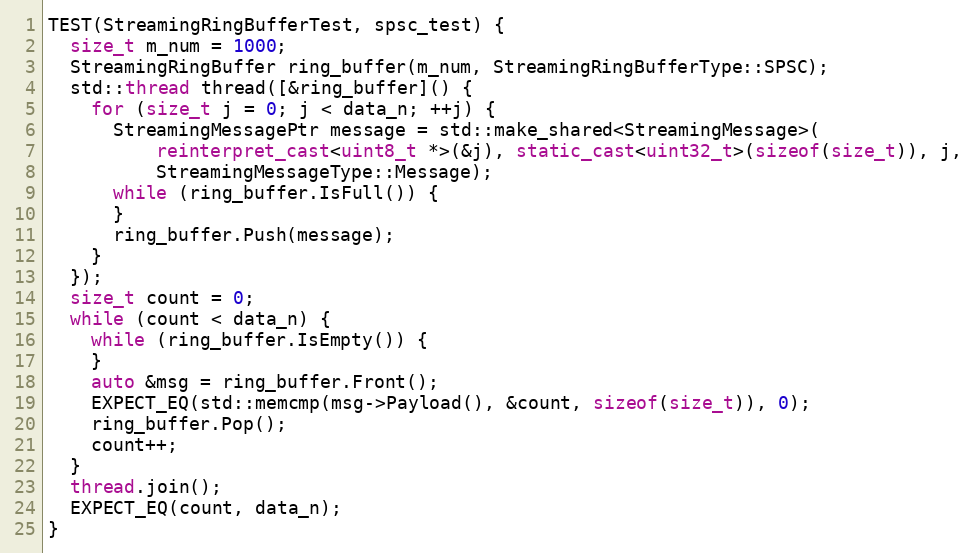
Language: C++
TEST(StreamingRingBufferTest, spsc_test) {
  size_t m_num = 1000;
  StreamingRingBuffer ring_buffer(m_num, StreamingRingBufferType::SPSC);
  std::thread thread([&ring_buffer]() {
    for (size_t j = 0; j < data_n; ++j) {
      StreamingMessagePtr message = std::make_shared<StreamingMessage>(
          reinterpret_cast<uint8_t *>(&j), static_cast<uint32_t>(sizeof(size_t)), j,
          StreamingMessageType::Message);
      while (ring_buffer.IsFull()) {
      }
      ring_buffer.Push(message);
    }
  });
  size_t count = 0;
  while (count < data_n) {
    while (ring_buffer.IsEmpty()) {
    }
    auto &msg = ring_buffer.Front();
    EXPECT_EQ(std::memcmp(msg->Payload(), &count, sizeof(size_t)), 0);
    ring_buffer.Pop();
    count++;
  }
  thread.join();
  EXPECT_EQ(count, data_n);
}